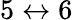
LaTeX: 5\leftrightarrow 6